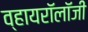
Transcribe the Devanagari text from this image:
व्हायरॉलॉजी